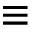
\equiv